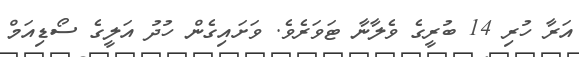
އަރާ ހުރި 14 ބުރީގެ ވެލާނާ ޓަވަރެވެ. ވަަށައިގެން ހުދު އަލީގެ ސޯޑިއަމް